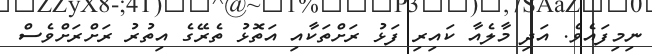
ނިމިފައެވެ. އަދި މާލެއާ ކައިރި ފަޅު ރަށްތަކާއި އަތޮޅު ތެރޭގެ އިތުރު ރަށްރަށްވެސް